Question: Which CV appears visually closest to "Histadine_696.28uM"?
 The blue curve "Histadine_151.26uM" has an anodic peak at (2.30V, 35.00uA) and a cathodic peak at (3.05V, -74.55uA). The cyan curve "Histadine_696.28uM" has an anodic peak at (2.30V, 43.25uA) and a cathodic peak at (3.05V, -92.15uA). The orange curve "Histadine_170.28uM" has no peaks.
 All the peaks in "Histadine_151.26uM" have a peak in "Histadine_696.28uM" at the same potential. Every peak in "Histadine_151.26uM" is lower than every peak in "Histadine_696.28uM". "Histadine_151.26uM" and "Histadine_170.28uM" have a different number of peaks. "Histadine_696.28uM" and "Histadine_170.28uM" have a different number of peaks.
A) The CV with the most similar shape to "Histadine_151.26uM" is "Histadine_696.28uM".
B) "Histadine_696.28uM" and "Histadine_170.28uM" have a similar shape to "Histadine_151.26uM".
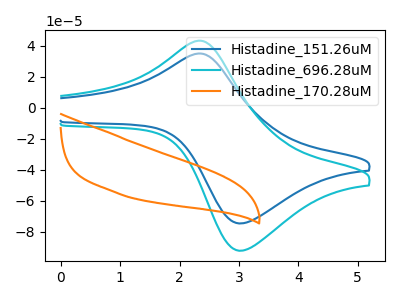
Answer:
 <answer>A) The CV with the most similar shape to "Histadine_151.26uM" is "Histadine_696.28uM".</answer>
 <eval>A</eval>